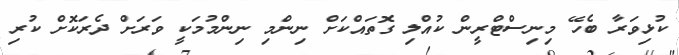
ކުޅިވަރާ ބެހޭ މިނިސްޓްރީން ކުއްލި ގޮތައްކަށް ނިންމި ނިންމުމަކީ ވަރަށް ދެރަކޮށް ކުރި